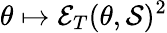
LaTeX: \theta\mapsto\mathcal{E}_{T}(\theta,\mathcal{S})^{2}